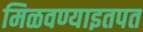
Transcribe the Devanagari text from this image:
मिळवण्याइतपत